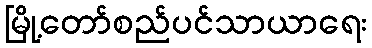
မြို့တော်စည်ပင်သာယာရေး